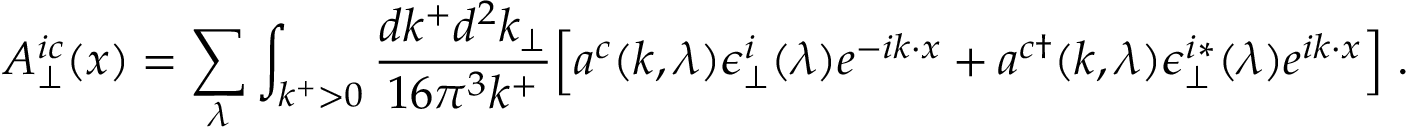
A _ { \perp } ^ { i c } ( x ) = \sum _ { \lambda } \int _ { k ^ { + } > 0 } { \frac { d k ^ { + } d ^ { 2 } k _ { \perp } } { 1 6 \pi ^ { 3 } k ^ { + } } } \Bigl [ a ^ { c } ( k , \lambda ) \epsilon _ { \perp } ^ { i } ( \lambda ) e ^ { - i k \cdot x } + a ^ { c \dagger } ( k , \lambda ) \epsilon _ { \perp } ^ { i * } ( \lambda ) e ^ { i k \cdot x } \Bigr ] \; .